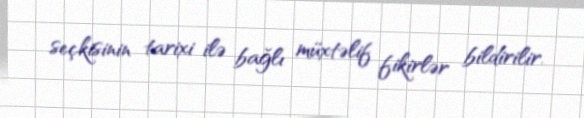
seçkisinin tarixi ilə bağlı müxtəlif fikirlər bildirilir.